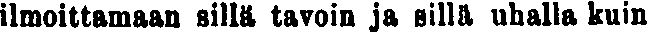
ilmoittamaan sillä tavoin ja sillä uhalla kuin